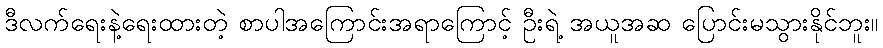
ဒီလက်ရေးနဲ့ရေးထားတဲ့ စာပါအကြောင်းအရာကြောင့် ဦးရဲ့ အယူအဆ ပြောင်းမသွားနိုင်ဘူး။